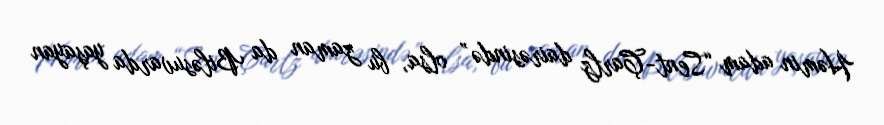
Həmin adam “Sent-Çarlz dairəsində” olsa, bu zaman da Biləsuvarda yaşayan